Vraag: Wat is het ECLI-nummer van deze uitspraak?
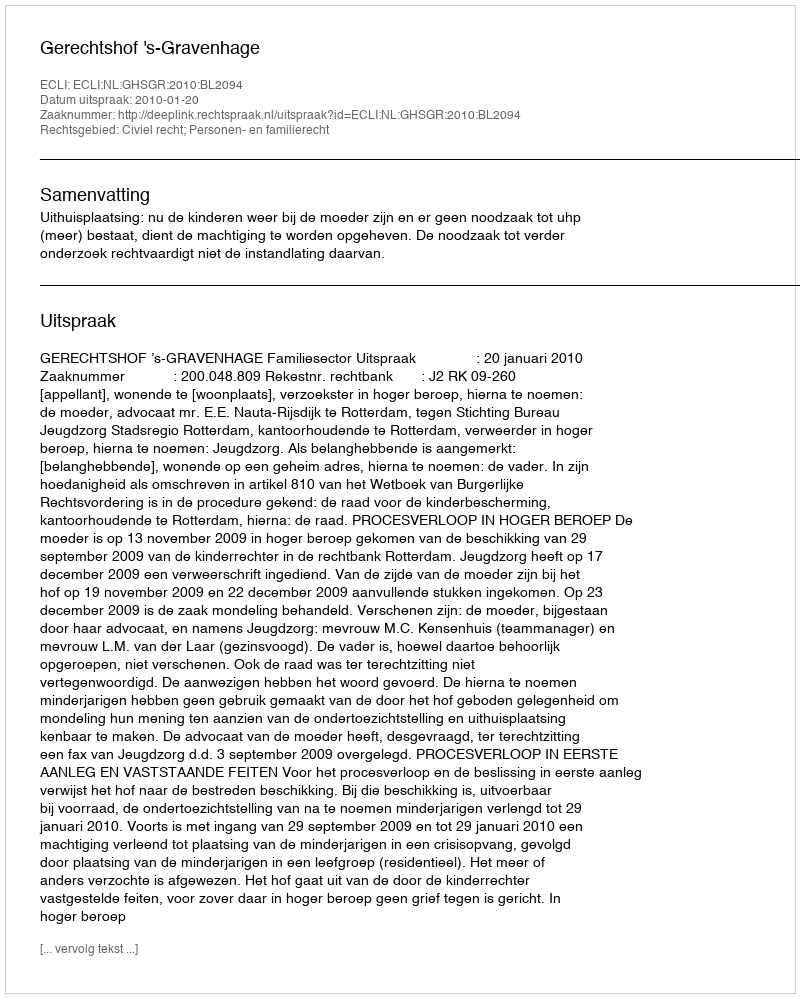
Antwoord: ECLI:NL:GHSGR:2010:BL2094